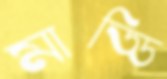
মাড্ডি